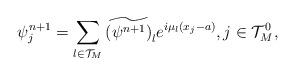
LaTeX: \begin{align*} \psi_j^{n+1} = \sum_{l \in \mathcal{T}_M} \widetilde{(\psi^{n+1})}_l e^{i \mu_l (x_j-a)}, j \in \mathcal{T}^0_M, \end{align*}